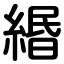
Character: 緡